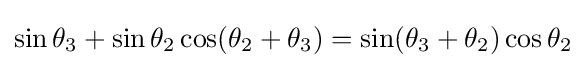
\sin \theta _{3}+\sin \theta _{2}\cos(\theta _{2}+\theta _{3})=\sin(\theta _{3}+\theta _{2})\cos \theta _{2}